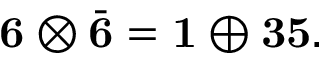
{ \bf 6 } \otimes \bar { \bf 6 } = { \bf 1 } \oplus { \bf 3 5 } .